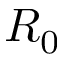
R _ { 0 }